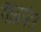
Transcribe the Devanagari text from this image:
गैब्रियेल